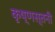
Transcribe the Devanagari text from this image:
कृष्णस्तनी